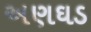
અણઘડ